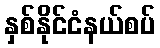
နှစ်နိုင်ငံနယ်စပ်